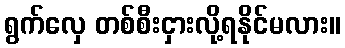
ရွက်လှေ တစ်စီးငှားလို့ရနိုင်မလား။